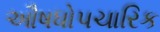
ઔષધોપચારિક